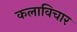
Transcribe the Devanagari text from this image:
कलाविचार